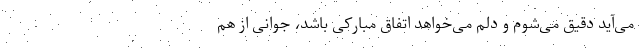
می‌آید دقیق می‌شوم و دلم می‌خواهد اتفاق مبارکی باشد، جوانی از هم